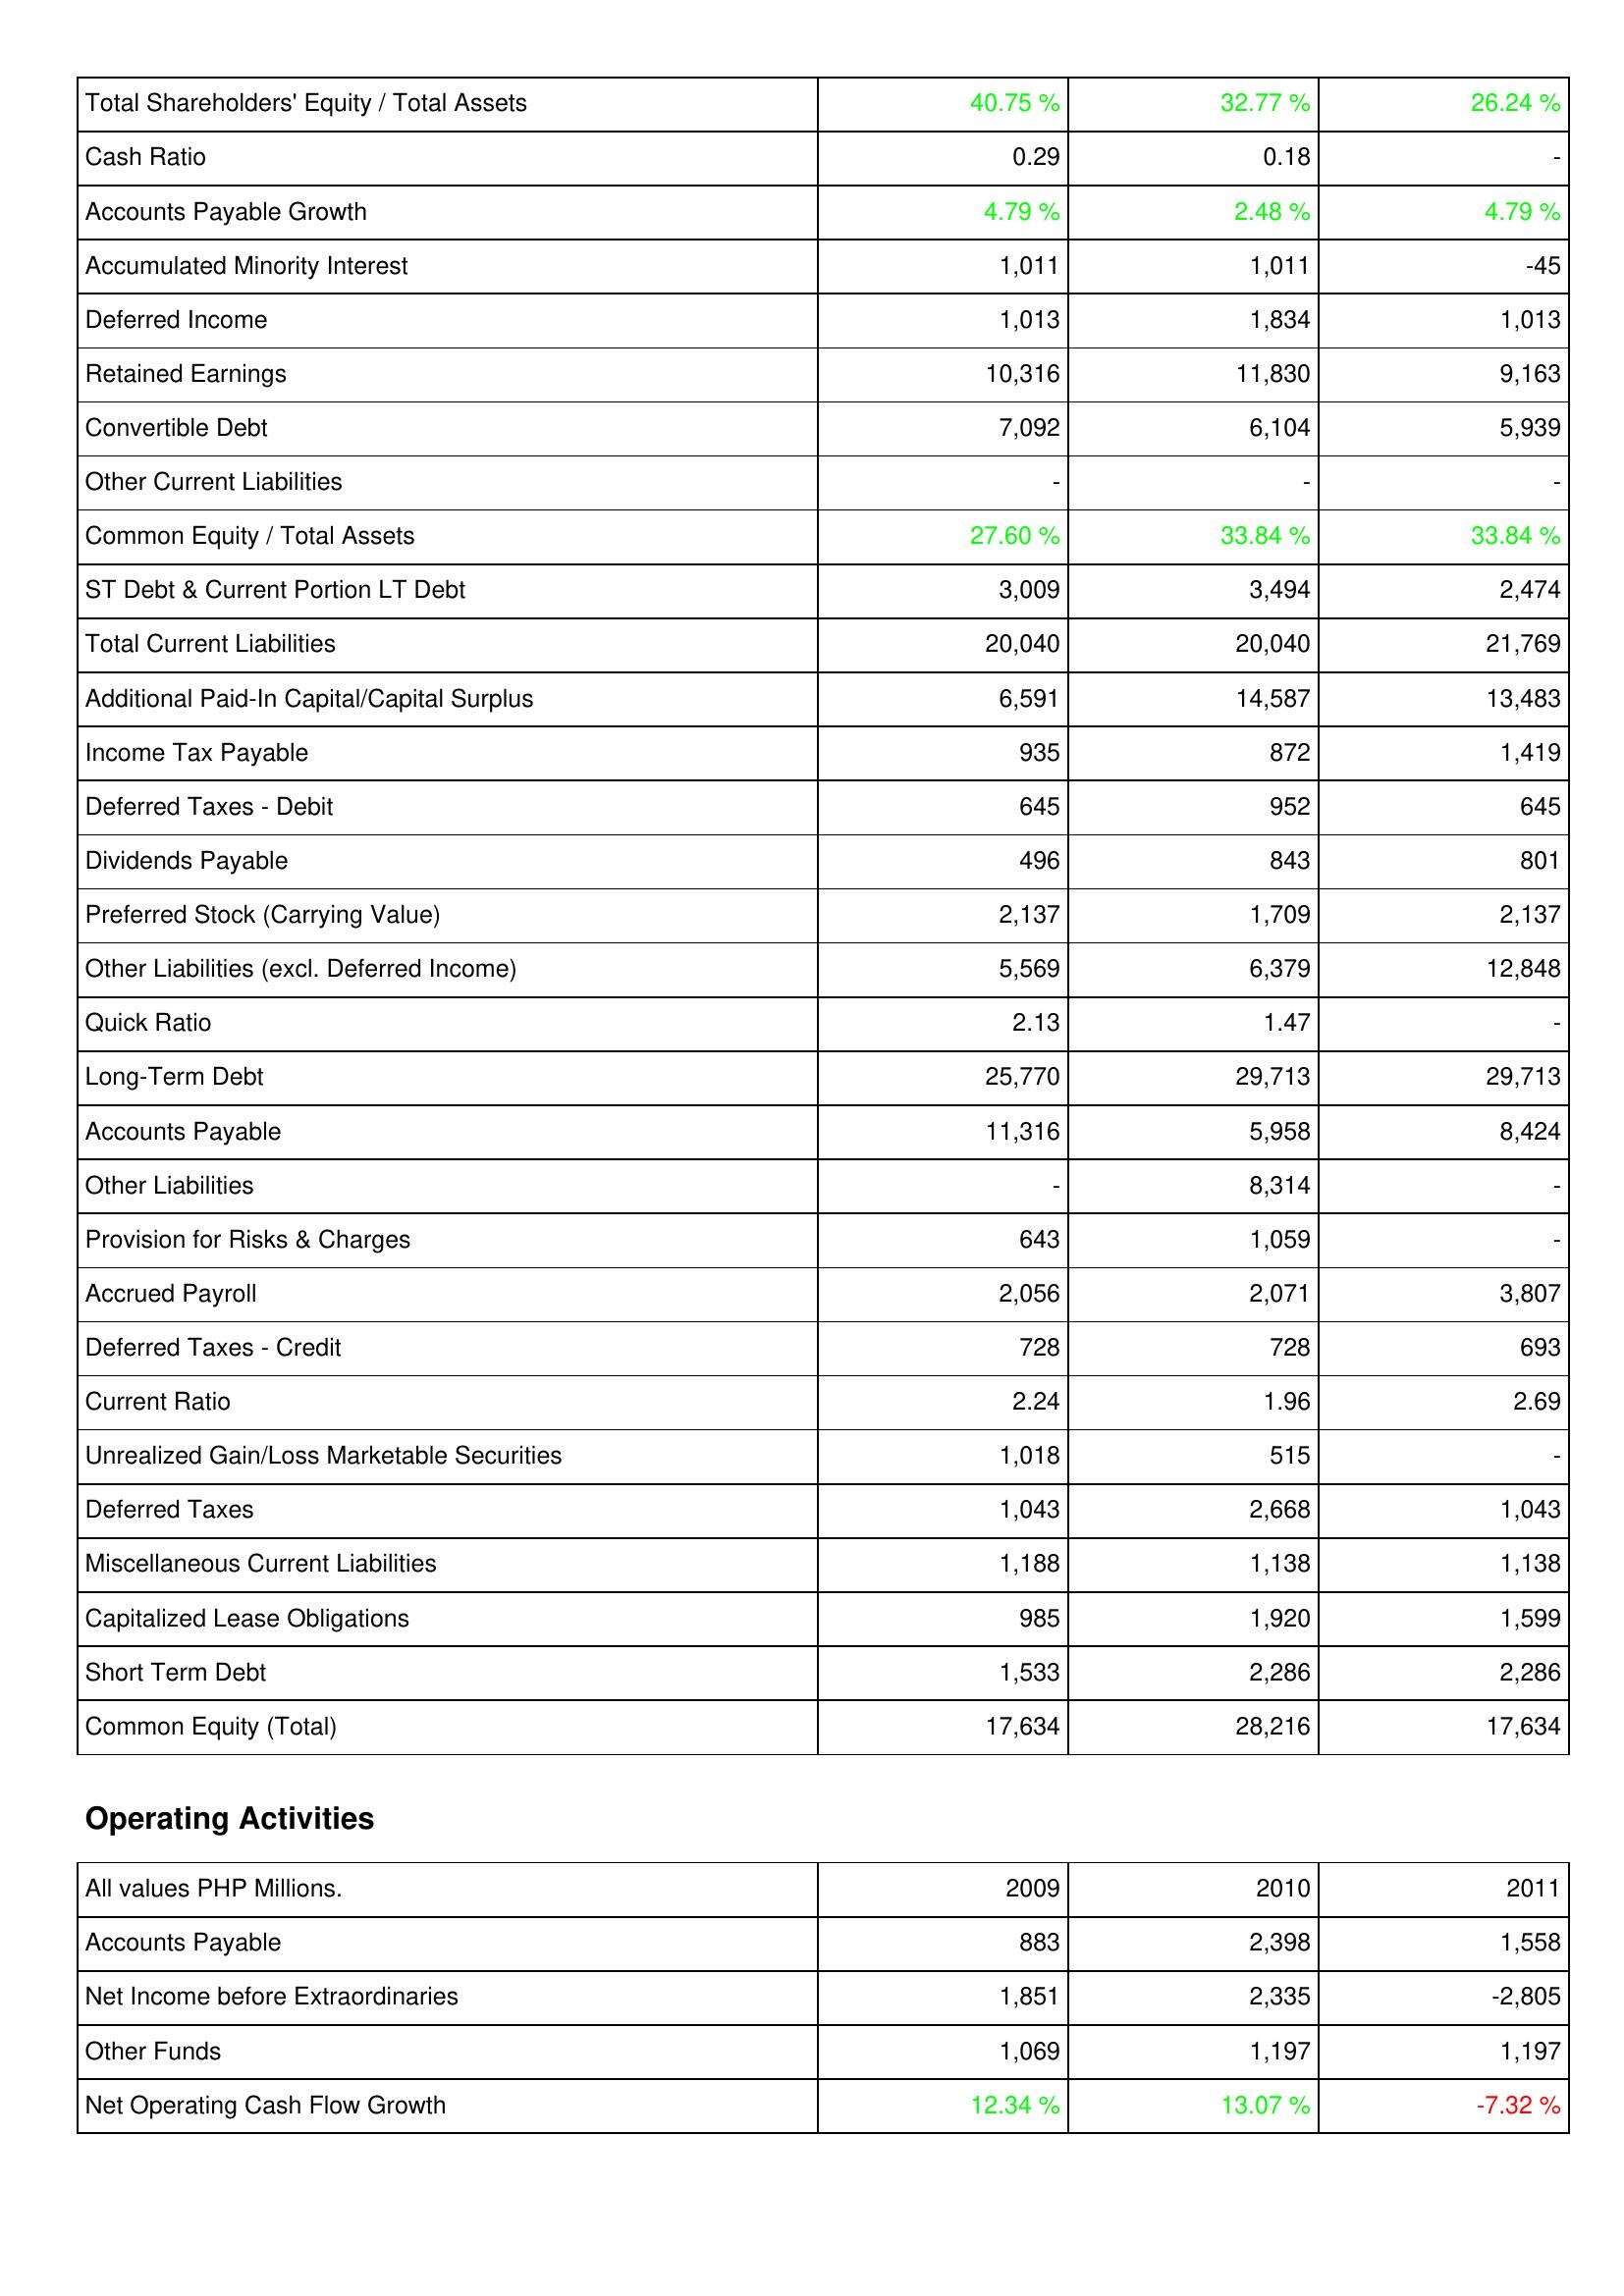
2009: Liabilities & Shareholders' Equity: Total Shareholders' Equity / Total Assets: 40.75 %
Cash Ratio: 0.29
Accounts Payable Growth: 4.79 %
Accumulated Minority Interest: 1,011
Deferred Income: 1,013
Retained Earnings: 10,316
Convertible Debt: 7,092
Other Current Liabilities: -
Common Equity / Total Assets: 27.60 %
ST Debt & Current Portion LT Debt: 3,009
Total Current Liabilities: 20,040
Additional Paid-In Capital/Capital Surplus: 6,591
Income Tax Payable: 935
Deferred Taxes - Debit: 645
Dividends Payable: 496
Preferred Stock (Carrying Value): 2,137
Other Liabilities (excl. Deferred Income): 5,569
Quick Ratio: 2.13
Long-Term Debt: 25,770
Accounts Payable: 11,316
Other Liabilities: -
Provision for Risks & Charges: 643
Accrued Payroll: 2,056
Deferred Taxes - Credit: 728
Current Ratio: 2.24
Unrealized Gain/Loss Marketable Securities: 1,018
Deferred Taxes: 1,043
Miscellaneous Current Liabilities: 1,188
Capitalized Lease Obligations: 985
Short Term Debt: 1,533
Common Equity (Total): 17,634
Operating Activities: Accounts Payable: 883
Net Income before Extraordinaries: 1,851
Other Funds: 1,069
Net Operating Cash Flow Growth: 12.34 %
2010: Liabilities & Shareholders' Equity: Total Shareholders' Equity / Total Assets: 32.77 %
Cash Ratio: 0.18
Accounts Payable Growth: 2.48 %
Accumulated Minority Interest: 1,011
Deferred Income: 1,834
Retained Earnings: 11,830
Convertible Debt: 6,104
Other Current Liabilities: -
Common Equity / Total Assets: 33.84 %
ST Debt & Current Portion LT Debt: 3,494
Total Current Liabilities: 20,040
Additional Paid-In Capital/Capital Surplus: 14,587
Income Tax Payable: 872
Deferred Taxes - Debit: 952
Dividends Payable: 843
Preferred Stock (Carrying Value): 1,709
Other Liabilities (excl. Deferred Income): 6,379
Quick Ratio: 1.47
Long-Term Debt: 29,713
Accounts Payable: 5,958
Other Liabilities: 8,314
Provision for Risks & Charges: 1,059
Accrued Payroll: 2,071
Deferred Taxes - Credit: 728
Current Ratio: 1.96
Unrealized Gain/Loss Marketable Securities: 515
Deferred Taxes: 2,668
Miscellaneous Current Liabilities: 1,138
Capitalized Lease Obligations: 1,920
Short Term Debt: 2,286
Common Equity (Total): 28,216
Operating Activities: Accounts Payable: 2,398
Net Income before Extraordinaries: 2,335
Other Funds: 1,197
Net Operating Cash Flow Growth: 13.07 %
2011: Liabilities & Shareholders' Equity: Total Shareholders' Equity / Total Assets: 26.24 %
Cash Ratio: -
Accounts Payable Growth: 4.79 %
Accumulated Minority Interest: -45
Deferred Income: 1,013
Retained Earnings: 9,163
Convertible Debt: 5,939
Other Current Liabilities: -
Common Equity / Total Assets: 33.84 %
ST Debt & Current Portion LT Debt: 2,474
Total Current Liabilities: 21,769
Additional Paid-In Capital/Capital Surplus: 13,483
Income Tax Payable: 1,419
Deferred Taxes - Debit: 645
Dividends Payable: 801
Preferred Stock (Carrying Value): 2,137
Other Liabilities (excl. Deferred Income): 12,848
Quick Ratio: -
Long-Term Debt: 29,713
Accounts Payable: 8,424
Other Liabilities: -
Provision for Risks & Charges: -
Accrued Payroll: 3,807
Deferred Taxes - Credit: 693
Current Ratio: 2.69
Unrealized Gain/Loss Marketable Securities: -
Deferred Taxes: 1,043
Miscellaneous Current Liabilities: 1,138
Capitalized Lease Obligations: 1,599
Short Term Debt: 2,286
Common Equity (Total): 17,634
Operating Activities: Accounts Payable: 1,558
Net Income before Extraordinaries: -2,805
Other Funds: 1,197
Net Operating Cash Flow Growth: -7.32 %